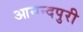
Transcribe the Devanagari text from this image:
आनन्दपुरी